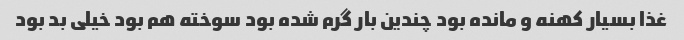
غذا بسیار کهنه و مانده بود چندین بار گرم شده بود سوخته هم بود خیلی بد بود